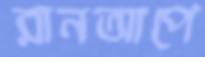
রানআপে